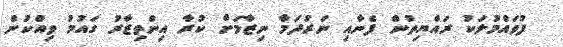
ފުވައްމުލަކު ރައްޔިތުން ފެނާއި ނަރުދަމާ ނިޒާމަށް ކުރާ އިންތިޒާރު ގައުމު ވިއްކުން